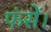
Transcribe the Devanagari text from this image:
फंसें।